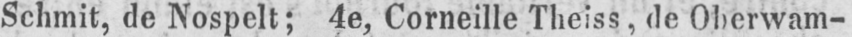
Schmit, de Nospelt; 4e, Corneille Theiss, de Oberwam-